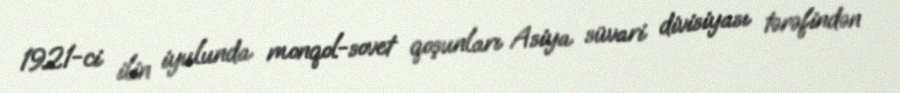
1921-ci ilin iyulunda monqol-sovet qoşunları Asiya süvari divisiyası tərəfindən